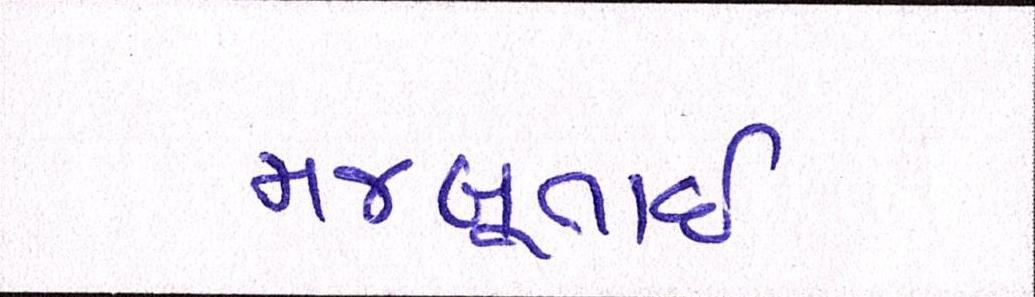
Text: મજબૂતાઈ